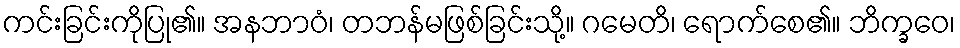
ကင်းခြင်းကိုပြု၏။ အနဘာဝံ၊ တဘန်မဖြစ်ခြင်းသို့။ ဂမေတိ၊ ရောက်စေ၏။ ဘိက္ခဝေ၊